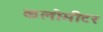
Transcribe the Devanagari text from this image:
कलोमीटर